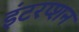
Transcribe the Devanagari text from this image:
इंटरप्शन